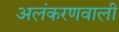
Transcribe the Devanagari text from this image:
अलंकरणवाली